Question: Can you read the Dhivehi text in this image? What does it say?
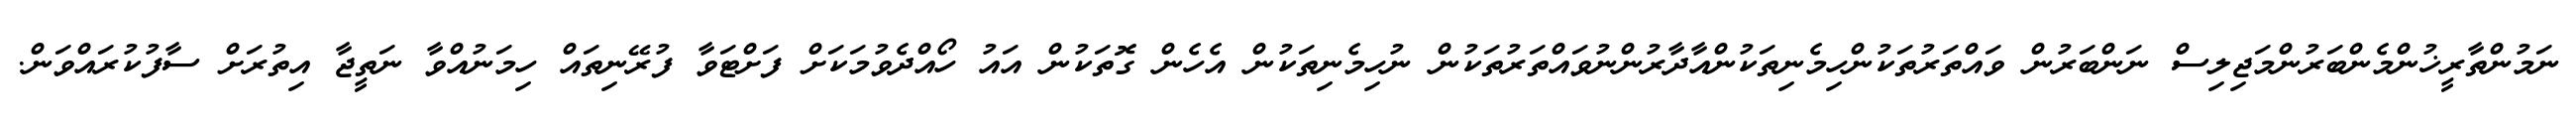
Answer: ނަމުންތާރީޚުންމެންބަރުންމަޖިލިސް ނަންބަރުން ވައްތަރުތަކުންހިމެނިތަކުންއާދާރުންނުވައްތަރުތަކުން ނުހިމެނިތަކުން އެހެން ގޮތަކުން އައު ހޯއްދެވުމަކަށް ފަށްޓަވާ ފުރޭނިތައް ހިމަނުއްވާ ނަތީޖާ އިތުރަށް ސާފުކުރައްވަން.